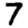
Digit: 7